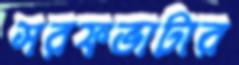
সরফভাটার